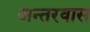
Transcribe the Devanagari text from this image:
अन्तरवास